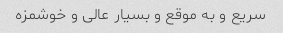
سریع و به موقع و بسیار عالی و خوشمزه